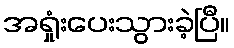
အရှုံးပေးသွားခဲ့ပြီ။